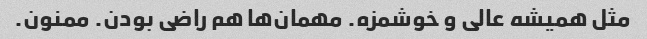
مثل همیشه عالی و خوشمزه. مهمان‌ها هم راضی بودن. ممنون.